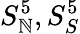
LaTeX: S_{\mathbb{N}}^{5},S_{S}^{5}